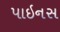
પાઇનસ